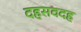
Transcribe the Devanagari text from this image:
दहसवदह